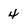
Character: 4